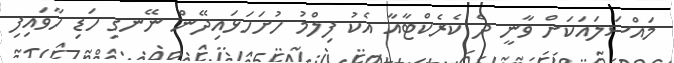
މައްސަލައަކަށް ވާނީ ދެ ކެރެކްޓާއާ އެކު ފިލްމު ހުށަހަޅައިދޭން ނޭނގި ހަޑި ހާވައިފި